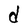
Character: d